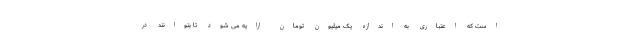
است که اعتباری به اندازه یک میلیون تومان ارایه می شود تا بتوانند در